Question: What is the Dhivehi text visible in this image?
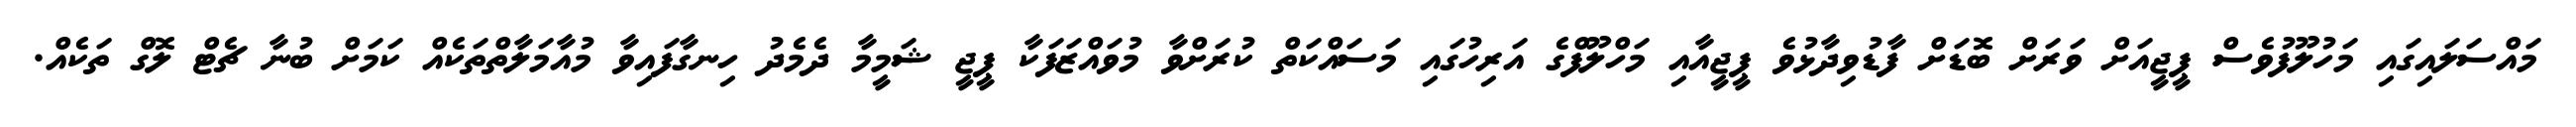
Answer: މައްސަލައިގައި މަހުލޫފުވެސް ޕީޖީއަށް ވަރަށް ބޮޑަށް ފާޑުވިދާޅުވެ ޕީޖީއާއި މަހްލޫފްގެ އަރިހުގައި މަސައްކަތް ކުރަށްވާ މުވައްޒަފަކާ ޕީޖީ ޝަމީމާ ދެމެދު ހިނގާފައިވާ މުއާމަލާތްތަކެއް ކަމަށް ބުނާ ޗެޓް ލޮގް ތަކެއް.